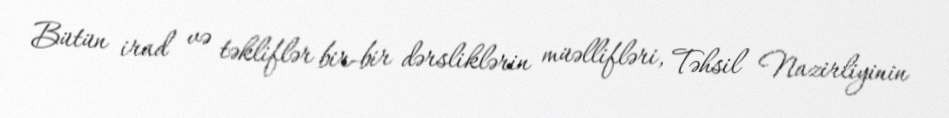
Bütün irad və təkliflər bir-bir dərsliklərin müəllifləri, Təhsil Nazirliyinin